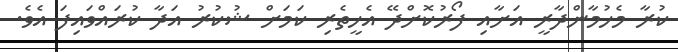
ކުރާ މެހުމާންދާރީ އަށާއި ފޯރުކޮށްދޭ އެހީތެރި ކަމަށް ޝުކުރު އަދާ ކުރައްވައިފަ އެވެ.